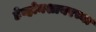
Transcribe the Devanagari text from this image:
डेव्होनशायरच्या